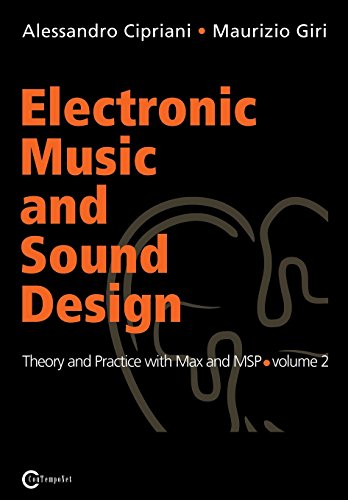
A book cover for Electronic Music and Sound Design - Theory and Practice with Max and Msp - Volume 2; Alessandro Cipriani; Computers & Technology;